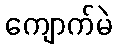
ကျောက်မဲ